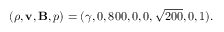
( \rho , \mathbf { v } , \mathbf { B } , p ) = ( \gamma , 0 , 8 0 0 , 0 , 0 , \sqrt { 2 0 0 } , 0 , 1 ) .